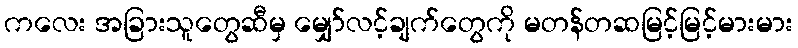
ကလေး အခြားသူတွေဆီမှ မျှော်လင့်ချက်တွေကို မတန်တဆမြင့်မြင့်မားမား